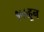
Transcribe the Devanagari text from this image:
१५५हून